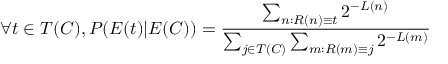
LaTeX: \forall t \in T ( C ) , P ( E ( t ) | E ( C ) ) = { \frac { \sum _ { n : R ( n ) \equiv t } 2 ^ { - L ( n ) } } { \sum _ { j \in T ( C ) } \sum _ { m : R ( m ) \equiv j } 2 ^ { - L ( m ) } } }